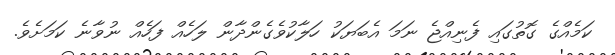
ކަމެއްގެ ގޮތުގައި ފެނިއްޖެ ނަމަ އެބަޔަކު ހަލާކުވެގެންދާން ލަހެއް ފަހެއް ނުވާނެ ކަމަށެވެ.